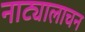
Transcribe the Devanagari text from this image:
नाट्यालाचन